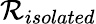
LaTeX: \mathcal{R}_{isolated}